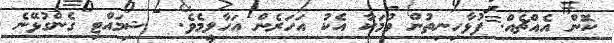
ކޮން އެއްޗެއް. ފުޅާހިނިތުން ވުމަކާ އެކު އަހަރެން އަހާލީމެވެ.  ޝިމައްޓި ގެންގުޅޭނެ